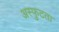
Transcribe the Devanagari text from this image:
अस्फुटता